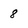
Character: 8